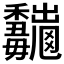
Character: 𱶮